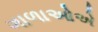
ગાળાઓએ